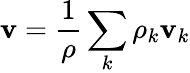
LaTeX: \mathbf{v}=\frac{1}{\rho}\sum_{k}\rho_{k}\mathbf{v}_{k}